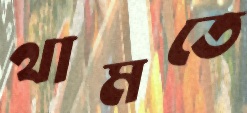
থামতে